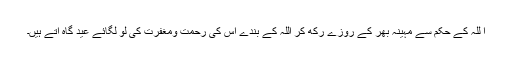
ا للہ کے حکم سے مہینہ بھر کے روزے رکھ کر اللہ کے بندے اس کی رحمت ومغفرت کی لو لگائے عید گاہ آتے ہیں۔